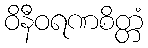
ဝိနီဝရဏစိတ္တံ